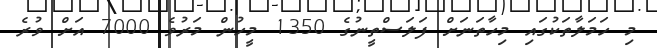
މި ހަމަލާތަކުގައި މިހާތަނަށް ފަލަސްތީނުގެ 1350 މީހުން މަރުވެ 7000 އަށް ވުރެ